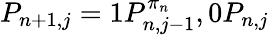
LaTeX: P_{n+1,j}=1P_{n,j-1}^{\pi_{n}},0P_{n,j}